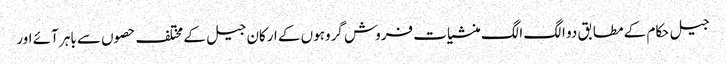
جیل حکام کے مطابق دو الگ الگ منشیات فروش گروہوں کے ارکان جیل کے مختلف حصوں سے باہر آئے اور